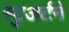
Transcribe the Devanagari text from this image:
स्टुअर्टने